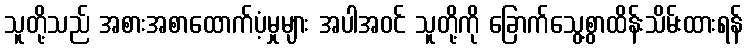
သူတို့သည် အစားအစာထောက်ပံ့မှုများ အပါအဝင် သူတို့ကို ခြောက်သွေ့စွာထိန်းသိမ်းထားရန်